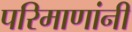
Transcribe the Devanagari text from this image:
परिमाणांनी